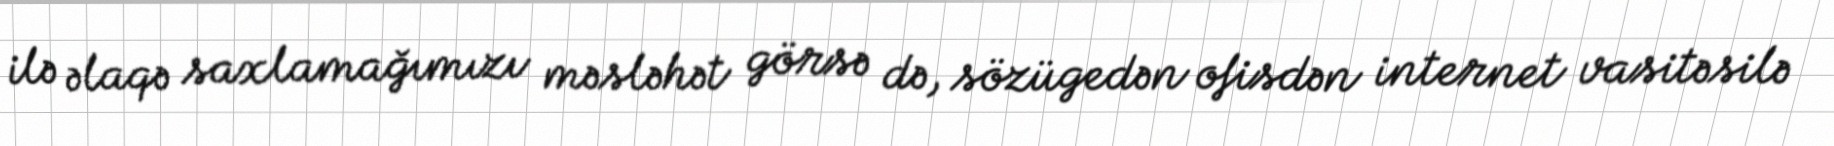
ilə əlaqə saxlamağımızı məsləhət görsə də, sözügedən ofisdən internet vasitəsilə